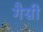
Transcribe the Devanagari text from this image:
गैग्नी